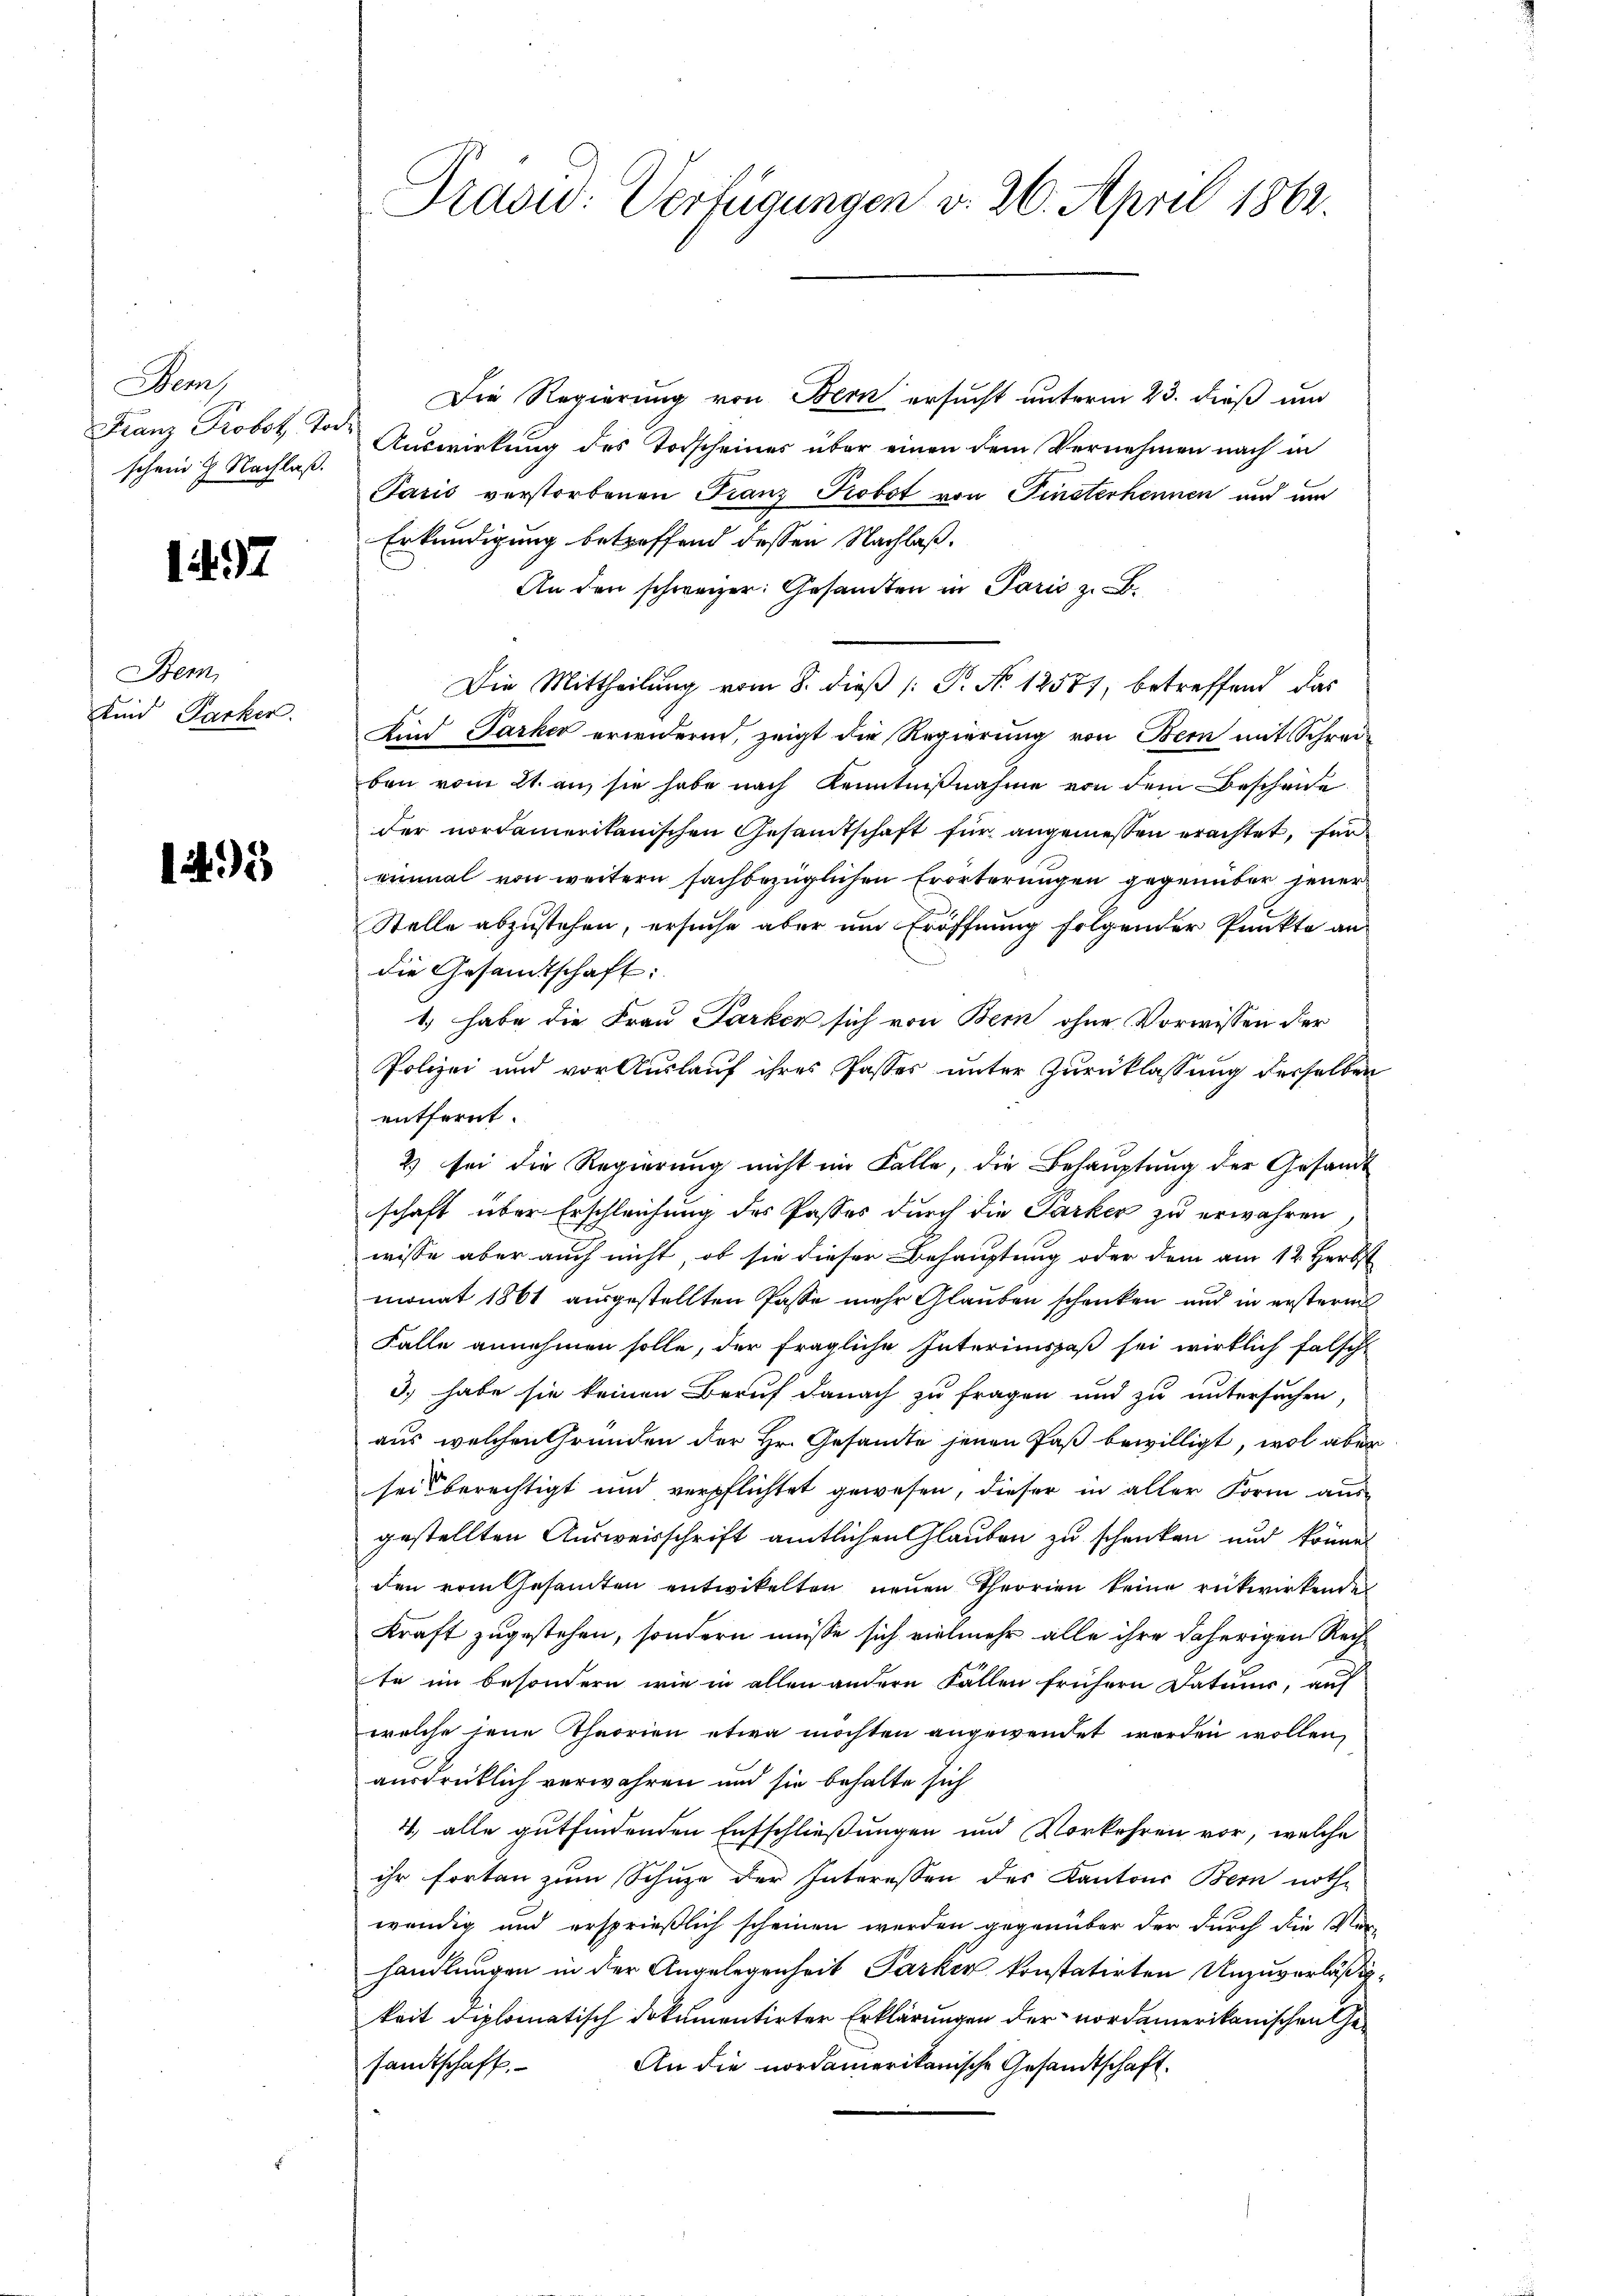
Bes
Franz Probot, Tode
schein 7 Nachlaß.

1497

Bem
Kind Packer.

1495

Die Regierung von Bern ersucht unterm 23. dieß und
Auswirkung des Torscheines über einen dem Vernehmen nach in
Paris verstorbenen Franz Probst von Finsterkennen und um
Erkundigung betreffend dessen Nachlaß.
An den schweizer: Gesamten in Paris z. B.
Die Mittheilung vom 8. dieß (: P. No 12577, betreffend das
Kind Parker erwidernd, zeigt die Regierung von Bern mit Schreiben vom 21. an, sie habe nach Kenntnißnahme von dem Bescheide
der nordamerikanischen Gesamtschaft für angemessen erachtet, für
einmal von weitern sachbezüglichen Erörterungen gegenüber jener
Stelle abzustehen, ersuche aber um Eröffnung folgender Punkte an
die Gesandtschaft:
1.) habe die Frau Parker sich von Bern ohne Vorwissen der
Polizei und vor Auslauf ihres Passes unter Zurücklassung derselben
entfernt
2) sei die Regierung nicht im Falle, die Behauptung der Gesandt
schaft über Erschleichung des Passes durch die Parker zu erwahren
wisse aber auch nicht, ob sie dieser Behauptung oder dem am 12. Herbst
monat 1861 ausgestellten Pässe mehr Glauben schenken und in erstern
Falle annehmen solle, der fragliche Interimspaß sei wirklich falsch
3) habe sie keinen Beruf danach zu fragen und zu untersuchen.
aus welchen Gründen der Hr. Gesandte jenen Paß bewilligt, wol aber
seit berechtigt und verpflichtet gewesen, dieser in aller Form aus-
gestellten Ausweisschrift amtlichen Glauben zu schenken und könne
den vom Gesamten entwickelten neuen Theorien keine rückwirkende
Kraft zugestehen, sondern müsse sich vielmehr alle ihre daherigen Rechte im besondern wie in allen andern Fallen frühern Datums, auf
welche jene Theorien etwa möchten angewendet worden wollen,
ausdrüklich verwahren und sie behalte sich
4. alle gutfindenden Entschließungen und Vorkehren vor, welche
ihr forten zum Schuze der Interessen des Kantons Bern nothwendig und ersprießlich scheinen werden gegenüber der durch die Ver-
handlungen in der Angelegenheit Parker konstatirten Unzuverläßig
keit diplomatisch dokumentirter Erklärungen der nordamerikanischen Ge¬
An die nordamerikanische Gesandtschaft.
sandtschaft.

Präsid.: Verfügungen v. 26. April 1862.